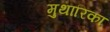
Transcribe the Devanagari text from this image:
मुथारिका